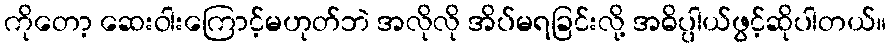
ကိုတော့ ဆေးဝါးကြောင့်မဟုတ်ဘဲ အလိုလို အိပ်မရခြင်းလို့ အဓိပ္ပါယ်ဖွင့်ဆိုပါတယ်။